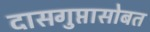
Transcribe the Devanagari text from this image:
दासगुप्तासोबत